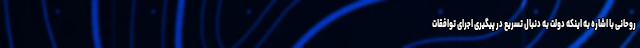
روحانی با اشاره به اینکه دولت به دنبال تسریع در پیگیری اجرای توافقات